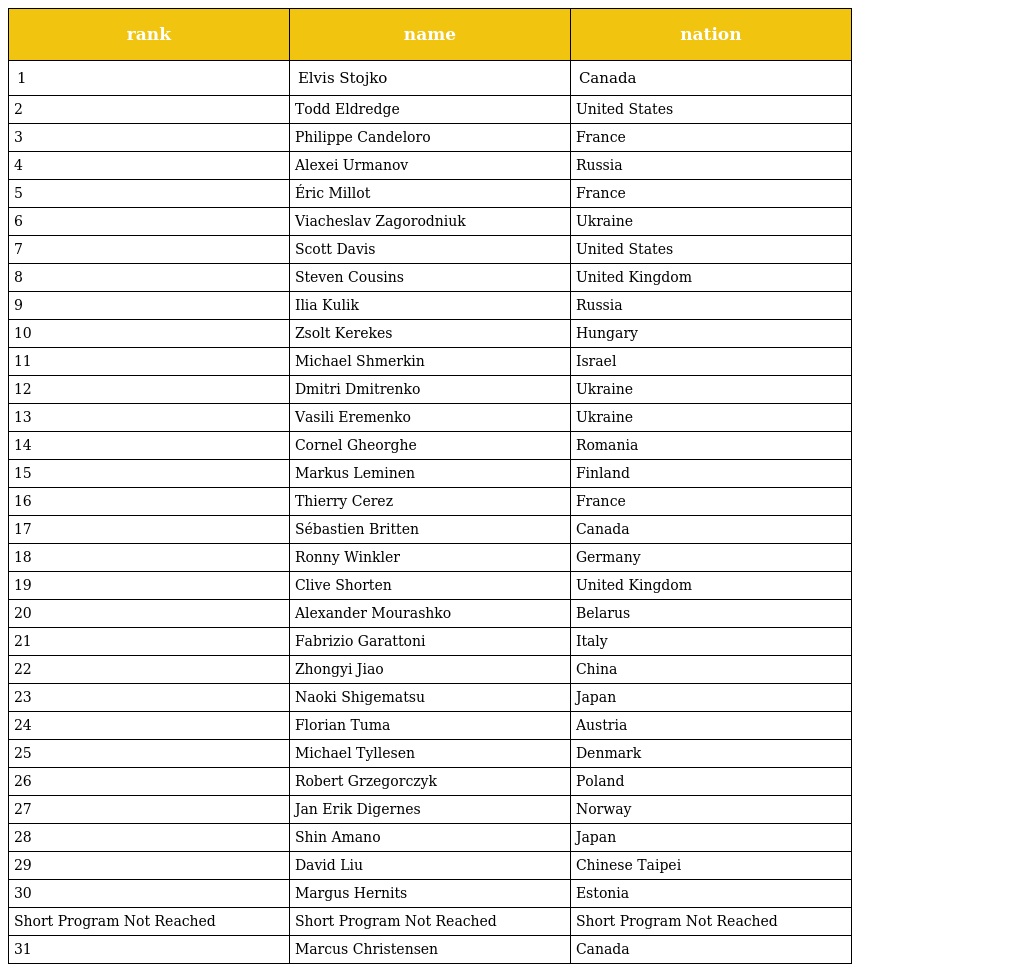
| rank | name | nation |
 | --- | --- | --- |
 | 1 | Elvis Stojko | Canada |
 | 2 | Todd Eldredge | United States |
 | 3 | Philippe Candeloro | France |
 | 4 | Alexei Urmanov | Russia |
 | 5 | Éric Millot | France |
 | 6 | Viacheslav Zagorodniuk | Ukraine |
 | 7 | Scott Davis | United States |
 | 8 | Steven Cousins | United Kingdom |
 | 9 | Ilia Kulik | Russia |
 | 10 | Zsolt Kerekes | Hungary |
 | 11 | Michael Shmerkin | Israel |
 | 12 | Dmitri Dmitrenko | Ukraine |
 | 13 | Vasili Eremenko | Ukraine |
 | 14 | Cornel Gheorghe | Romania |
 | 15 | Markus Leminen | Finland |
 | 16 | Thierry Cerez | France |
 | 17 | Sébastien Britten | Canada |
 | 18 | Ronny Winkler | Germany |
 | 19 | Clive Shorten | United Kingdom |
 | 20 | Alexander Mourashko | Belarus |
 | 21 | Fabrizio Garattoni | Italy |
 | 22 | Zhongyi Jiao | China |
 | 23 | Naoki Shigematsu | Japan |
 | 24 | Florian Tuma | Austria |
 | 25 | Michael Tyllesen | Denmark |
 | 26 | Robert Grzegorczyk | Poland |
 | 27 | Jan Erik Digernes | Norway |
 | 28 | Shin Amano | Japan |
 | 29 | David Liu | Chinese Taipei |
 | 30 | Margus Hernits | Estonia |
 | Short Program Not Reached | Short Program Not Reached | Short Program Not Reached |
 | 31 | Marcus Christensen | Canada |